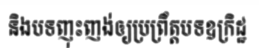
និងបទញុះញង់ឲ្យប្រព្រឹត្តបទឧក្រិដ្ឋ